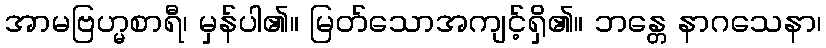
အာမဗြဟ္မစာရီ၊ မှန်ပါ၏။ မြတ်သောအကျင့်ရှိ၏။ ဘန္တေ နာဂသေနာ၊